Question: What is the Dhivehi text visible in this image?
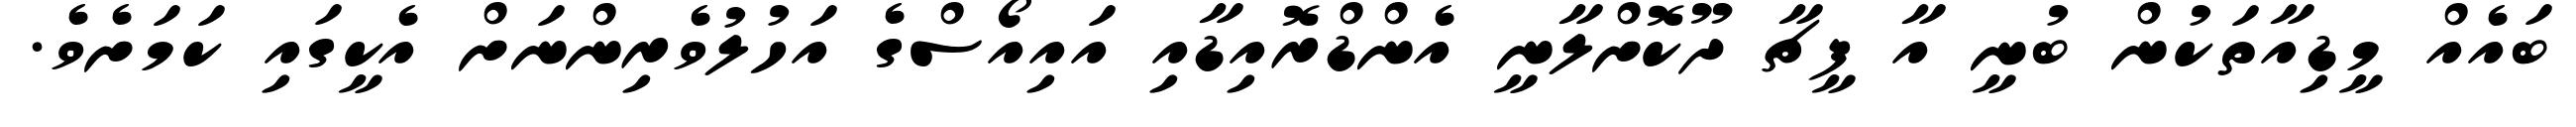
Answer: ބައެއް މީޑިއާތަކުން ބުނީ އާ ފީޗާ ދޫކޮށްލާނީ އެންޑްރޮއިޑާއި އައިއޯސްގެ އަހުލުވެރިންނަށް އެކީގައި ކަމަށެވެ.